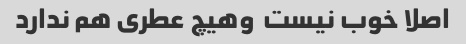
اصلا خوب نیست  وهیچ عطری هم ندارد